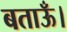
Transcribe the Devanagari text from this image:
बताऊँ।